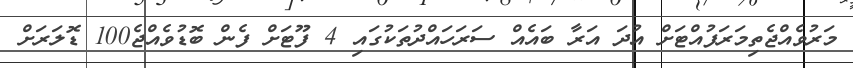
މަރުވެއްޖެތިމަރަފުއްޓަށް އުދަ އަރާ ބައެއް ސަރަހައްދުތަކުގައި 4 ފޫޓަށް ފެން ބޮޑުވެއްޖެ100 ޑޮލަރަށް